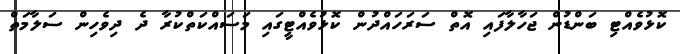
ކޮޅުވެއްޓި ބަންޑުން ޖަހާލާފައި އޮތް ސަރަހައްދުން ކޮޅުވެއްޓީގައި މަސައްކަތްކުރާ ދެ ދިވެހިން ސަލާމަތް